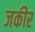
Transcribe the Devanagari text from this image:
जकीर